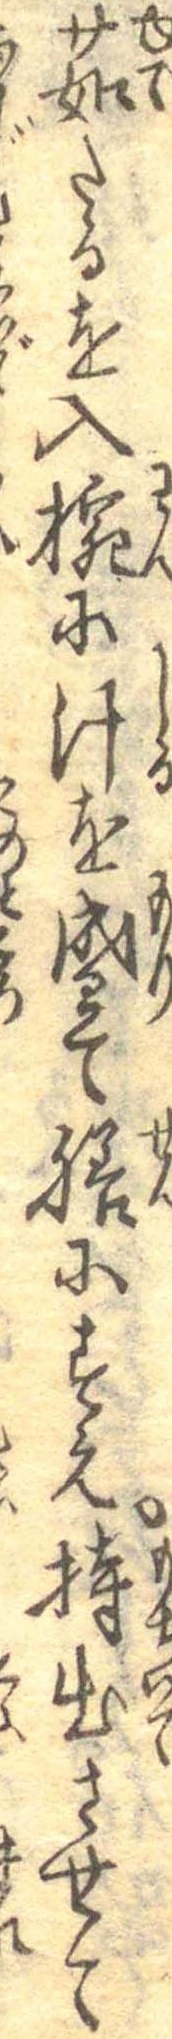
茹たるを入椀に汁を盛て膳にすえ持出させて